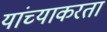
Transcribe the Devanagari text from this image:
यांच्याकरता